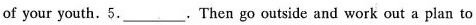
of your youth.5.___.Then go outside and work out a plan to